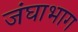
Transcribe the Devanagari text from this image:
जंघाभाग